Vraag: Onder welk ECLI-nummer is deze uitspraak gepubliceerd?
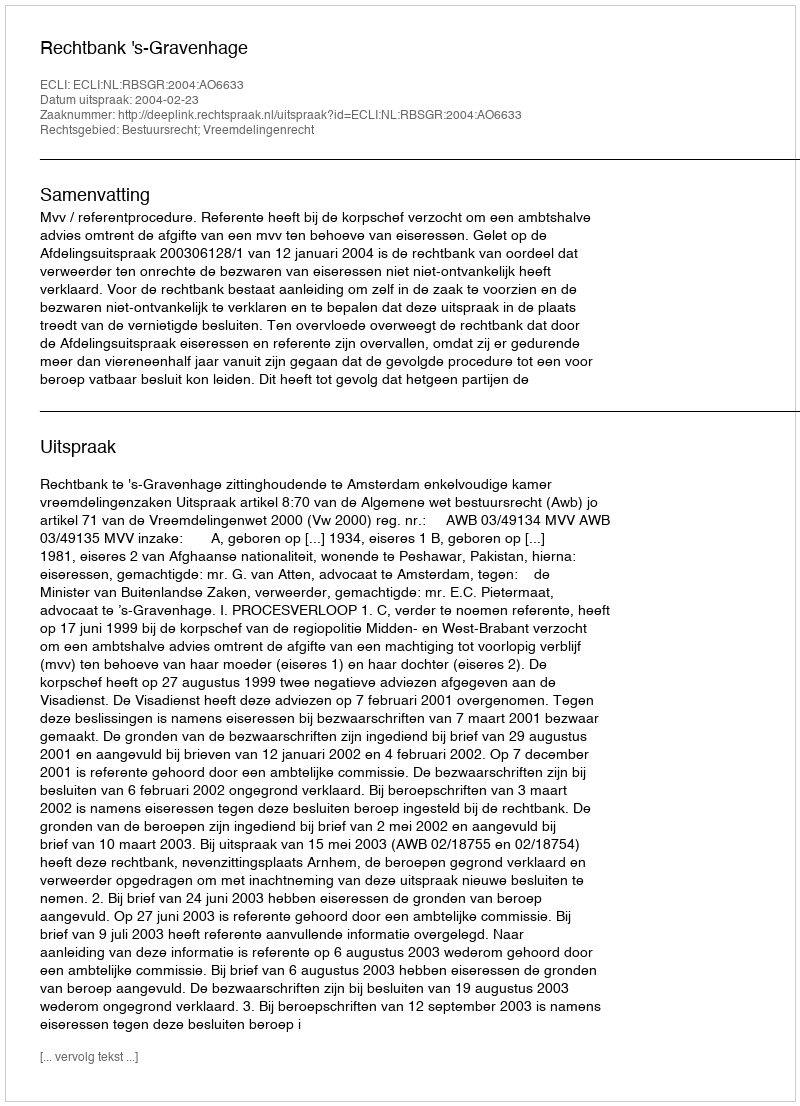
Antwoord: ECLI:NL:RBSGR:2004:AO6633